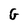
Character: G